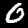
Digit: 0